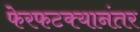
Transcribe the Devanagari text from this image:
फेरफटक्यानंतर